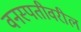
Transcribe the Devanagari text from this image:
वनस्पतीवरील